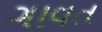
ગાવત